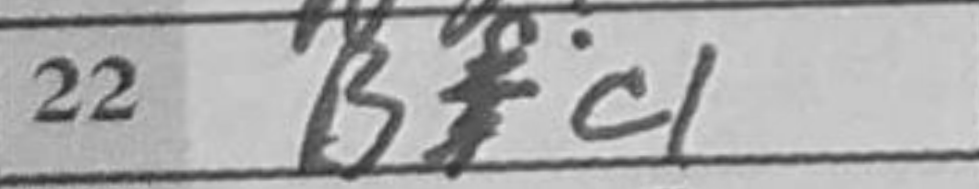
Transcription: Bc1